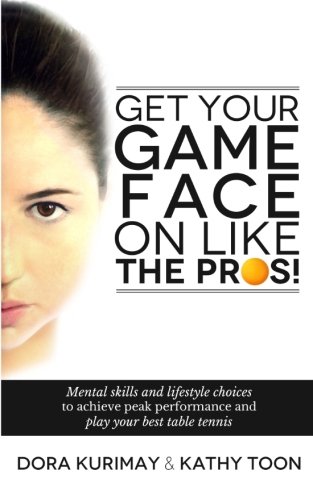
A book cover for Get Your Game Face On Like The Pros!: Mental Skills And Lifestyle Choices To Achieve Peak Performance And Play Your Best Table Tennis; Dora Kurimay; Sports & Outdoors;